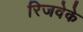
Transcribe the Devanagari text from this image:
रिजवेके